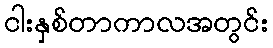
ငါးနှစ်တာကာလအတွင်း